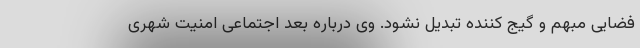
فضایی مبهم و گیج کننده تبدیل نشود. وی درباره بعد اجتماعی امنیت شهری